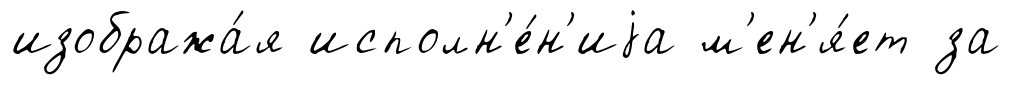
изобража́я исполн'е́н'иjа м'ен'я́ет за